Annual report on the working of the mental hospitals in the Madras Presidency - 1912-1932
Year: 1912
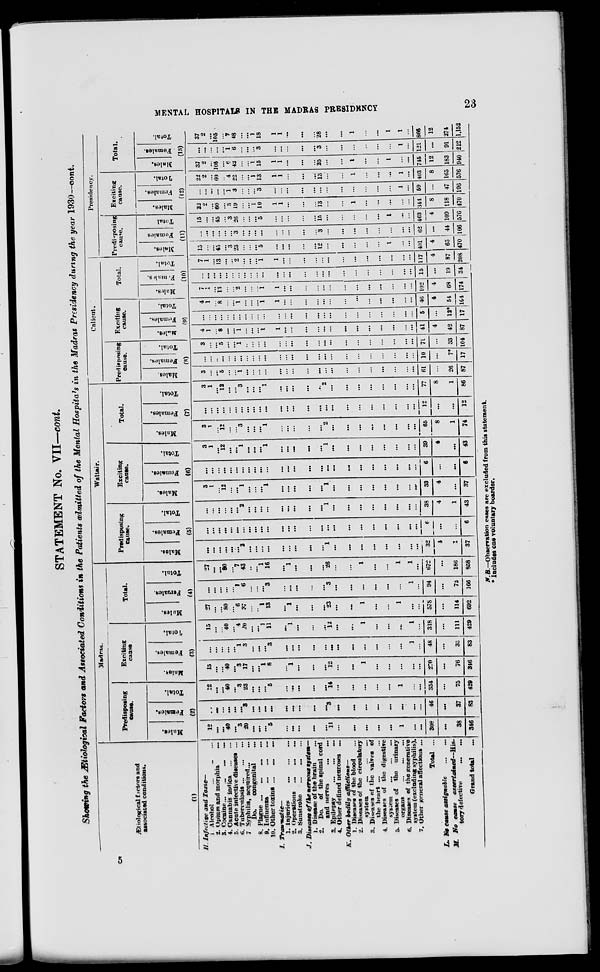
MENTAL HOSPITALS IN THE MADRAS PRESIDENCY
23
STATEMENT No. VII—cont.
Showing the Ætiological Factors and Associated Condition in the Patients admitted of the Mental Hospitals in the Madras Presidency during the year 1930—cont.
Ætiological factors and
associated conditions.
(1)
H. Infective and Toxic—
1. Alcohol ... ... ...
2. Opium and morphia ...
3. Cocaine ... ... ... ...
4. Cannabis
indica ... ...
5. Acute infective diseases ...
6. Tuberculosis ... ... ...
7 Syphilis, acquired ... ...
Do.
congenital ...
8. Plague ... ... ... ...
9. Influenza ... ... ...
10. Other toxins ... ... ...
I.
Traumatic—
1. Injuries ... ... ...
2. Operations ... ... ...
3. Sustroke ... ... ...
J. Diseases of the nervous system—
1. Disease of the brain ...
2. Do. of the spinal cord
and nerves ... ...
3. Epilepsy
...
...
...
4. Other defined neuroses ...
K. Other bodily
afflictions—
1. Diseases of the blood ...
2. Diseases of the circulatory
system
...
...
...
3. Diseases of the valves of
the heart ... ... ...
4. Diseases of the digestive
system
...
...
...
5. Diseases of the urinary
organs
...
...
...
6. Diseases of the generative
system (excluding syphilis).
7. Other general affections ...
Total ...
L. No cause assignable ... ...
M. No cause
ascertained—His-
tory defective
...
...
Grand total ...
Madras.
Predisposing
cause.
Males.
Female.
Total.
(2)
12
...
...
40
...
3
20
...
...
...
5
...
...
...
...
...
11
...
...
...
...
...
1
...
...
308
...
38
346
...
...
...
...
...
...
3
...
...
...
...
...
...
...
...
...
3
...
...
...
...
...
...
...
...
46
...
37
83
12
...
...
40
...
3
23
...
...
...
5
...
...
...
...
...
14
...
...
...
...
...
1
...
...
354
...
75
429
Exciting
cause
Males.
Females.
total.
(3)
15
...
...
40
...
3
17
...
... 1
8
...
1
...
...
...
...
...
...
1
...
...
...
...
...
270
...
76
346
...
...
...
...
...
1
3
...
...
...
3
...
...
...
...
...
...
...
...
...
...
...
...
1
...
48
...
35
83
15
...
...
40
...
4
20
...
... 1
11
...
1
...
...
...
12
...
...
1
...
...
...
1
...
518
...
111
429
Total.
Males.
Females.
Total.
(4)
27
...
...
80
...
6
37
...
... 1
13
...
1
...
...
...
23
...
...
1
...
...
1
...
...
578
...
114
692
...
...
...
...
...
1
6
...
...
...
3
...
...
...
...
...
3
...
...
...
...
...
...
1
...
94
...
72
166
27
...
...
80
...
7
43
...
... 1
16
...
1
...
...
...
26
...
...
1
...
...
1
1
...
672
...
186
858
Waltair.
Predisposing
cause.
Males.
Females.
Total.
(5)
...
...
...
...
...
...
2
....
...
...
...
...
...
...
...
...
1
...
...
...
...
...
...
...
...
32
4
...
37
...
...
...
...
...
...
...
...
...
...
....
...
...
...
...
...
...
...
...
...
...
...
...
...
...
6
...
...
6
...
...
....
...
...
...
2
...
...
...
...
...
...
...
...
...
1
...
...
...
...
...
...
...
...
38
4
1
43
Exciting
cause.
Males.
Females.
Total.
(6)
3
1
...
12
...
...
1
...
...
...
1
...
...
...
...
...
1
...
...
...
...
...
...
...
...
33
4
...
37
...
...
...
...
...
...
...
...
... ...
...
...
...
...
...
...
...
...
...
...
...
...
...
...
...
6
...
...
6
3
1
...
12
...
...
1
...
...
...
1
...
...
...
...
...
1
...
...
...
...
...
...
...
...
39
4
...
43
Total.
Males.
Females.
Total.
(7)
3
1
...
12
...
...
3
...
...
...
1
...
...
...
...
...
2
...
...
...
...
...
...
...
...
65
8
1
74
...
...
...
...
...
...
...
...
...
...
...
...
...
...
...
...
...
...
...
...
...
...
...
...
...
12
...
...
12
3
1
...
12
...
...
3
...
...
...
1
...
...
...
...
...
2
...
...
...
...
...
...
...
...
77
8
1
86
Calicut.
Predisposing
cause.
Males.
Females.
Total.
(8)
3
...
...
5
...
...
1
...
...
...
...
...
...
...
...
...
...
...
...
...
...
...
...
...
...
61
...
26
87
...
...
...
...
...
...
...
...
...
...
...
...
...
...
...
...
...
...
...
...
...
...
...
...
...
10
...
7*
17
3
...
...
5
...
...
1
...
...
...
...
...
...
...
...
...
...
...
...
...
...
...
...
...
...
71
...
33
104
Exciting
cause.
Males.
Females.
Total.
(9)
4
1
...
8
...
...
1
...
...
...
1
1
...
...
...
...
...
...
...
...
...
...
...
...
...
41
4
42
87
...
...
...
...
...
...
...
...
...
...
...
...
...
...
...
...
...
...
...
...
...
...
...
...
...
5
...
12*
17
4
1
...
8
...
...
1
...
...
...
1
1
...
...
...
...
...
...
...
...
...
...
...
...
...
46
4
54
104
Total.
Males.
Females.
Total.
(10)
7
1
...
13
...
...
2
...
...
...
1
1
...
...
...
...
...
...
...
...
...
...
...
...
...
102
4
68
174
...
...
...
...
...
...
...
...
...
...
...
....
...
...
...
...
...
...
...
...
...
...
...
...
...
15
...
19
34
7
1
...
13
...
...
2
...
...
...
1
1
...
...
...
...
...
...
...
...
...
...
...
...
...
117
4
87
208
Presidency.
Predisposing
cause.
Males.
Females.
Total.
(11)
15
...
...
45
...
3
23
...
...
...
5
...
...
...
...
...
12
...
...
...
...
...
1
...
...
401
4
65
470
...
...
...
...
...
...
3
...
...
...
...
...
...
...
...
...
3
...
...
...
...
...
...
...
...
62
...
44
106
15
...
...
45
...
3
26
...
...
...
5
...
...
...
...
...
15
...
...
...
...
...
1
...
...
463
4
109
576
Exciting
cause.
Males.
Females.
Total.
(12)
22
2
...
60
...
3
19
...
...
1
10
1
1
...
...
...
13
...
...
1
...
...
...
...
...
344
8
118
470
...
...
...
...
...
1
3
...
...
...
3
...
...
...
...
...
...
...
...
...
...
...
...
1
...
59
...
47
106
22
2
...
60
...
4
22
...
...
1
13
1
1
...
...
...
13
...
...
1
...
...
...
1
...
403
8
165
576
Total.
Males.
Females.
Total.
(13)
37
2
...
105
...
6
42
...
...
1
15
1
1
...
...
...
25
...
...
1
...
...
1
...
...
745
12
183
940
...
...
...
...
...
1
6
...
...
...
3
...
...
...
...
...
3
...
...
...
...
...
...
1
...
121
...
91
212
37
2
...
105
...
7
48
...
...
1
18
1
1
...
...
...
28
...
...
1
...
...
1
1
...
866
12
274
1,152
N. B.—Observation cases are excluded from this statement.
* Includes one voluntary boarder.
5